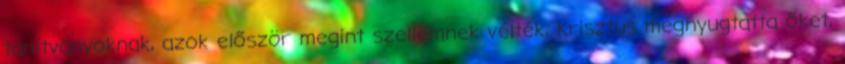
tanítványoknak, azok először megint szellemnek vélték, Krisztus megnyugtatta őket,